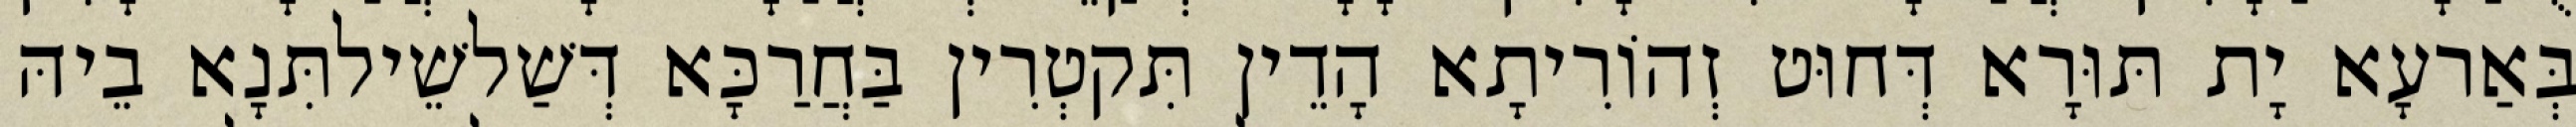
בְּאַרעָא יָת תּוּרָא דְּחוּט זְהוֹרִיתָא הָדֵין תִּקטְרִין בַּחֲרַכָּא דְּשַׁלשֵׁילתִּנָא בֵיהּ